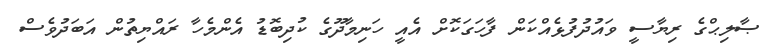
ޞާލިޙްގެ ރިޔާސީ ވައުދުފުޅެއްކަން ފާހަގަކޮށް އެއީ ހަނިމާދޫގެ ކުދިބޮޑު އެންމެހާ ރައްޔިތުން އަބަދުވެސް